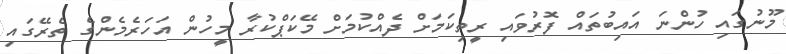
މޫނުގައި ހުންނަ އައިބުތައް ފޮރުވައި ރީތިކަމަށް ދެއްކުމަށް މޭކަޕްކުރާ މީހުން އަހަރެމެންގެ ތެރޭގައި